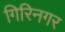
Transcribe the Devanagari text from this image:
गिरिनगर